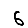
Digit: 6